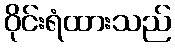
ဝိုင်းရံထားသည်